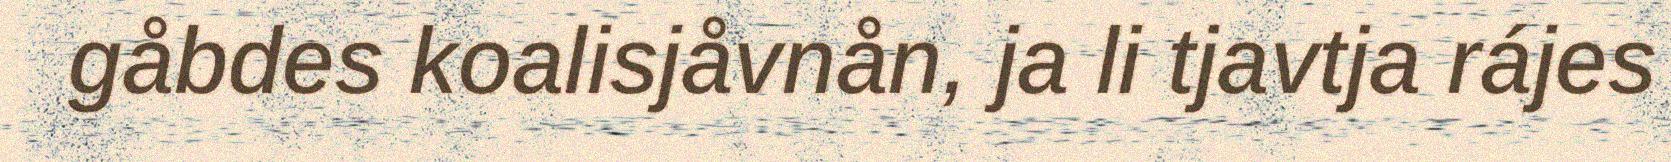
gåbdes koalisjåvnån, ja li tjavtja rájes